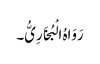
رَوَاہُ الْبُخَارِیُّ۔